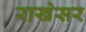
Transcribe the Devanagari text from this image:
राखेसर